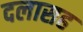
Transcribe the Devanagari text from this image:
दलासह